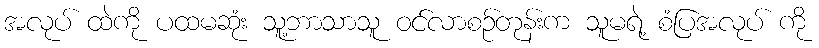
အလုပ် ထဲကို ပထမဆုံး သူ့ဘာသာသူ ဝင်လာစဉ်တုန်းက သူမရဲ့ စံပြအလုပ် ကို